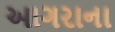
આગરાના